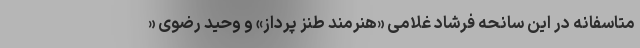
متاسفانه در این سانحه فرشاد غلامی «هنرمند طنز پرداز» و وحید رضوی «